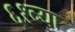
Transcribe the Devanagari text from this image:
६१व्या